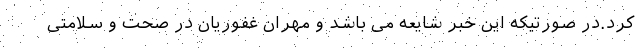
کرد.در صورتیکه این خبر شایعه می باشد و مهران غفوریان در صحت و سلامتی